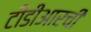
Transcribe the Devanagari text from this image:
टीडीआरची